system: You are a helpful assistant.
user:
Analyze the provided spectrum to determine if it is a **M-type Giant (gM)**.

A M-type Giant spectrum is defined by its **strong molecular absorption** features, particularly from **Titanium Oxide (TiO)**. You must check for one of the following mutually exclusive signatures:

- **Key Visual Indicators (Absorption-Dominated Spectrum):**

    - **(Primary):** The spectrum is dominated by strong molecular absorption from **Titanium Oxide (TiO)**. This is the **defining feature** of its M-type temperature class.
        - **(Key Bandheads):** Look for sharp, "saw-tooth" absorption valleys. The strongest are located near **~7050 Å**, **~6160 Å**, and **~5170 Å**.
        - **(Line Profile):** The "saw-tooth" morphology is critical: a **sharp, steep drop on the BLUE (short-wavelength) side** of the bandhead, followed by a gradual recovery (rising flux) towards the RED (long-wavelength) side.

    - **(Key Confirmation - Giant vs. Dwarf):** **ABSENCE** of strong **Calcium Hydride (CaH)** molecular bands. This is the primary diagnostic for *excluding* M-dwarfs.
        - **(Key Region):** The spectrum should lack the strong, broad absorption band seen in dwarfs between **~6800 Å and ~7000 Å**.

    - **(Secondary Confirmation - Giant):** A very strong and broad **Neutral Calcium (Ca I)** atomic absorption line.
        - **(Key Line):** Located at **~4226 Å**. In a giant (gM), this line is significantly deeper and broader than the same line in an M-dwarf (dM) due to low surface gravity.

    - **(Overall Spectrum):**
        - The continuum is **extremely red-sloping** (i.e., flux is very low in the blue and rises dramatically towards the red).
        - The entire spectrum appears "chopped up" by the deep TiO bands.

Think first, call **spectral_visualization_tool** if needed to examine features in detail, then provide your final answer. Your response must adhere to the following strict rules:
1.  **Overall Structure:** Your response must follow the format `<think>...</think> <tool_call>...</tool_call> (if a tool is used) <answer>...</answer>`.
2.  **Tool Usage Constraint:** You may only make **one** tool call per turn.
3.  **Final Answer Format:** In the `<answer>` tag, your conclusion must be inside a `\boxed{}` command (e.g., `\boxed{YES}` or `\boxed{NO}`), followed by your justification.

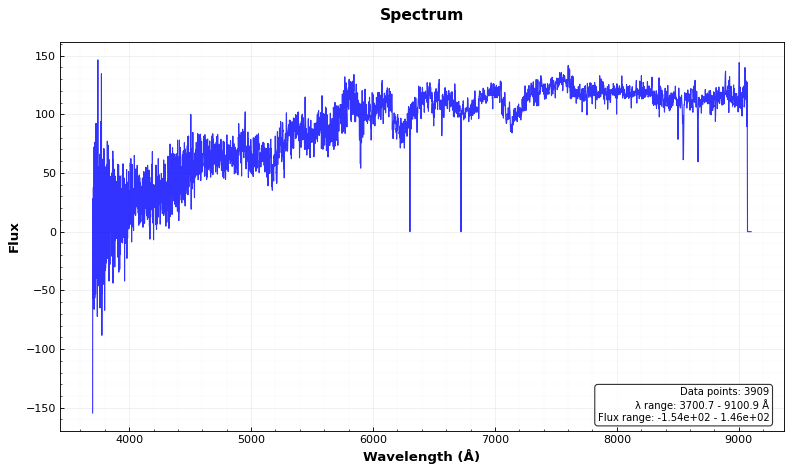
Answer: YES